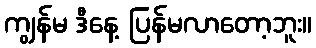
ကျွန်မ ဒီနေ့ ပြန်မလာတော့ဘူး။